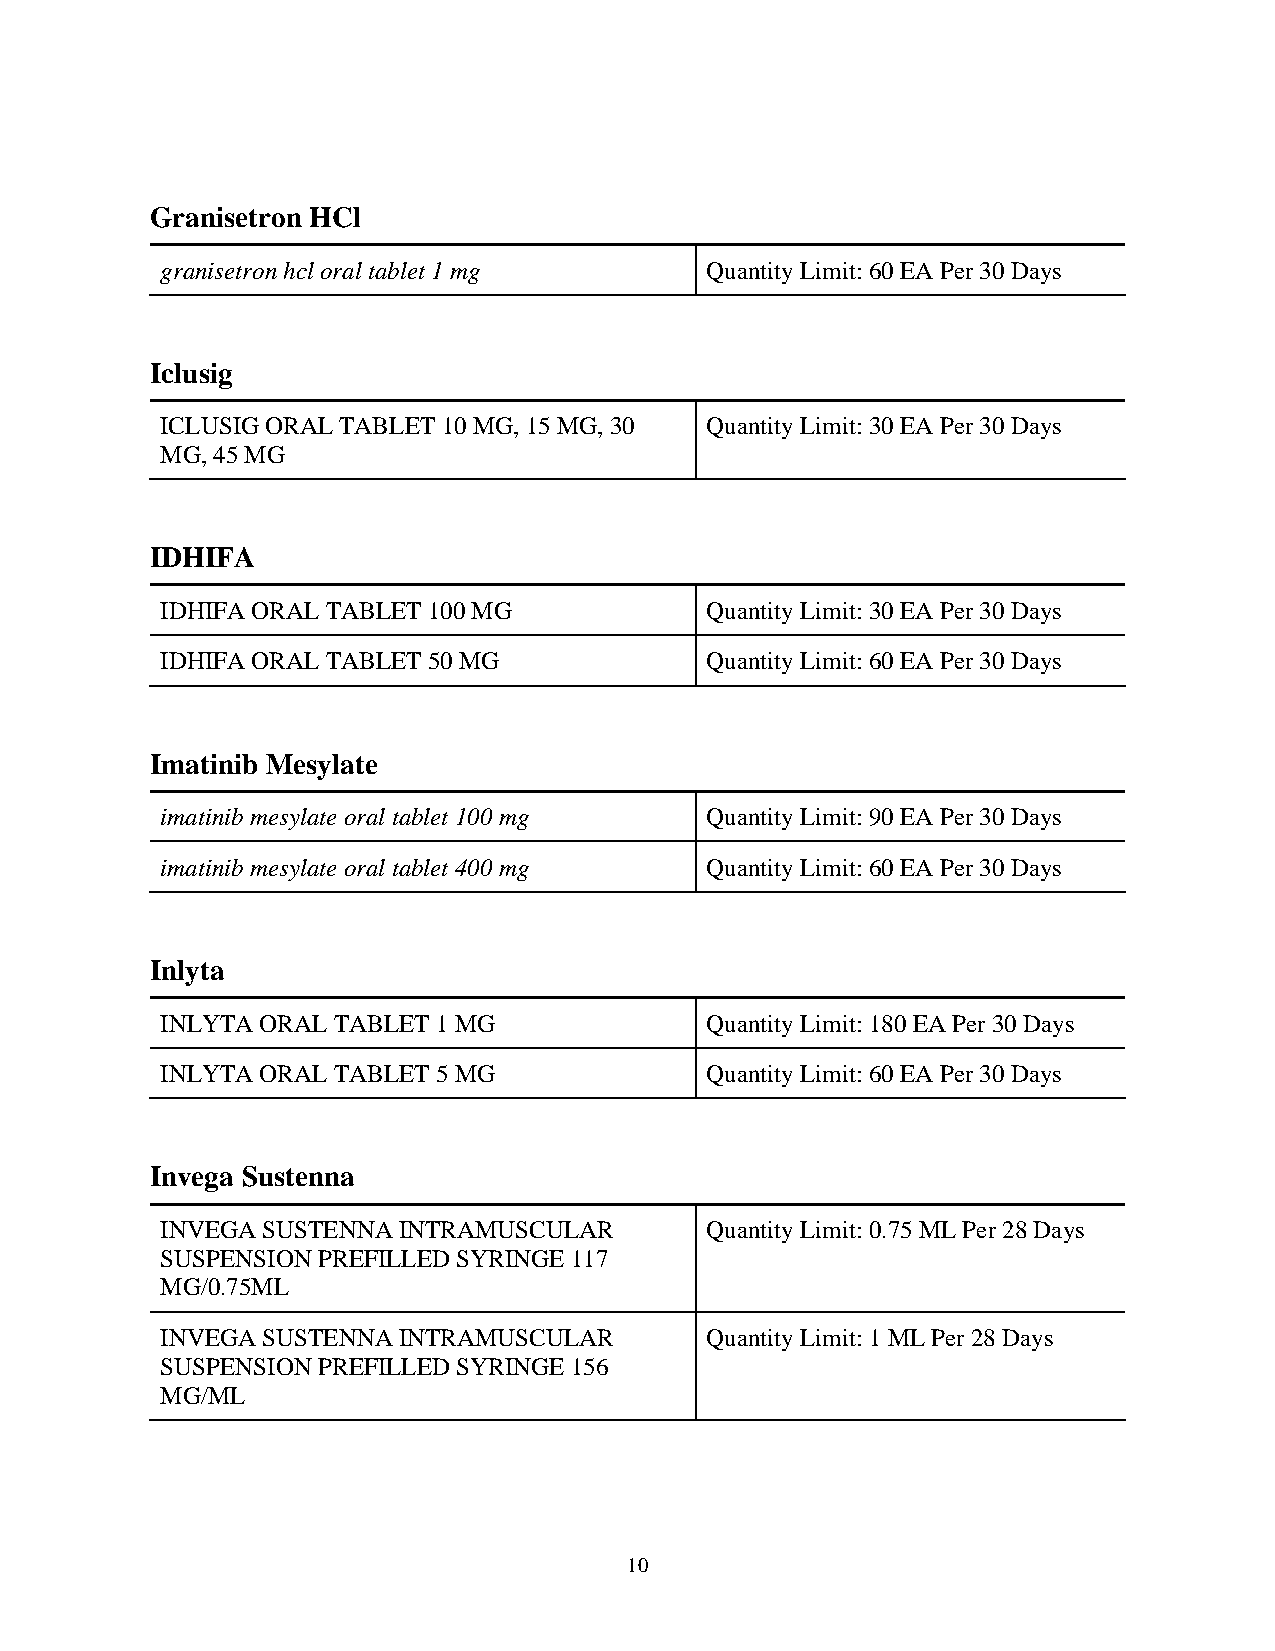
Granisetron HCl
 granisetron hcl oral tablet 1 mg    Quantity Limit: 60 EA Per 30 Days
 Iclusig
 ICLUSIG ORAL TABLET 10 MG, 15 MG, 30 Quantity Limit: 30 EA Per 30 Days
 MG, 45 MG
 IDHIFA
 IDHIFA ORAL TABLET 100 MG           Quantity Limit: 30 EA Per 30 Days
 IDHIFA ORAL TABLET 50 MG            Quantity Limit: 60 EA Per 30 Days
 Imatinib Mesylate
 imatinib mesylate oral tablet 100 mg Quantity Limit: 90 EA Per 30 Days
 imatinib mesylate oral tablet 400 mg Quantity Limit: 60 EA Per 30 Days
 Inlyta
 INLYTA ORAL TABLET 1 MG             Quantity Limit: 180 EA Per 30 Days
 INLYTA ORAL TABLET 5 MG             Quantity Limit: 60 EA Per 30 Days
 Invega Sustenna
 INVEGA SUSTENNA INTRAMUSCULAR       Quantity Limit: 0.75 ML Per 28 Days
 SUSPENSION PREFILLED SYRINGE 117
 MG/0.75ML
 INVEGA SUSTENNA INTRAMUSCULAR       Quantity Limit: 1 ML Per 28 Days
 SUSPENSION PREFILLED SYRINGE 156
 MG/ML
 10